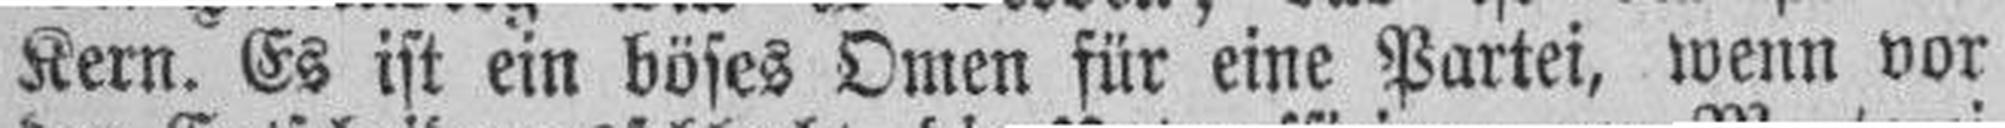
Kern. Es ist ein böses Omen für eine Partei, wenn vor